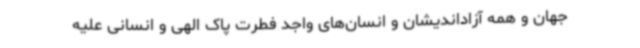
جهان و همه آزاداندیشان و انسان‌های واجد فطرت پاک الهی و انسانی علیه